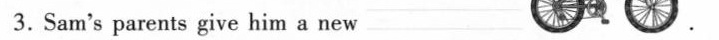
3. Sam's parents give him a new ___.